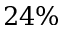
2 4 \%